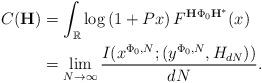
LaTeX: \begin{align*}C({\bf H}) &= \int_{\mathbb{R}}\log \left( 1+Px\right) F^{\mathbf{H}\Phi_0\mathbf{H}^{\ast }}(x)\\&= \lim_{N\rightarrow \infty }\frac{I(x^{\Phi_0,N};(y^{\Phi_0,N},H_{dN}))}{dN}.\end{align*}